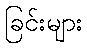
ခြင်းများ